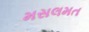
મસલમત